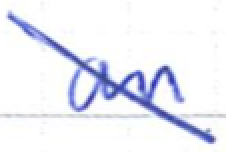
Text: an
Cross-out: mix
Writing tool: ballpoint